Elephants and their diseases
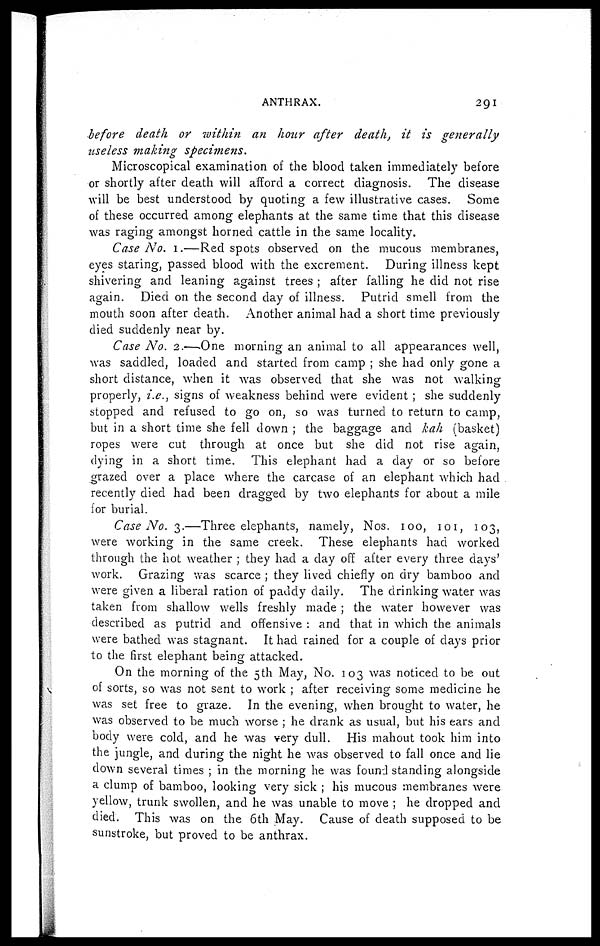
ANTHRAX.
291
before death or within an hour after death, it is generally
useless making specimens.
Microscopical examination of the blood taken immediately before
or shortly after death will afford a correct diagnosis. The disease
will be best understood by quoting a few illustrative cases. Some
of these occurred among elephants at the same time that this disease
was raging amongst horned cattle in the same locality.
Case No. 1.—Red spots observed on the mucous membranes,
eyes staring, passed blood with the excrement. During illness kept
shivering and leaning against trees ; after falling he did not rise
again. Died on the second day of illness. Putrid smell from the
mouth soon after death. Another animal had a short time previously
died suddenly near by.
Case No. 2.—One morning an animal to all appearances well,
was saddled, loaded and started from camp ; she had only gone a
short distance, when it was observed that she was not walking
properly, i.e., signs of weakness behind were evident ; she suddenly
stopped and refused to go on, so was turned to return to camp,
but in a short time she fell down ; the baggage and kah (basket)
ropes were cut through at once but she did not rise again,
dying in a short time. This elephant had a day or so before
grazed over a place where the carcase of an elephant which had
recently died had been dragged by two elephants for about a mile
for burial.
Case No. 3.—Three elephants, namely, Nos. 100, 101, 103,
were working in the same creek. These elephants had worked
through the hot weather ; they had a day off after every three days'
work. Grazing was scarce ; they lived chiefly on dry bamboo and
were given a liberal ration of paddy daily. The drinking water was
taken from shallow wells freshly made ; the water however was
described as putrid and offensive : and that in which the animals
were bathed was stagnant. It had rained for a couple of days prior
to the first elephant being attacked.
On the morning of the 5th May, No. 103 was noticed to be out
of sorts, so was not sent to work ; after receiving some medicine he
was set free to graze. In the evening, when brought to water, he
was observed to be much worse ; he drank as usual, but his ears and
body were cold, and he was very dull. His mahout took him into
the jungle, and during the night he was observed to fall once and lie
down several times ; in the morning he was found standing alongside
a clump of bamboo, looking very sick ; his mucous membranes were
yellow, trunk swollen, and he was unable to move ; he dropped and
died. This was on the 6th May. Cause of death supposed to be
sunstroke, but proved to be anthrax.